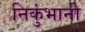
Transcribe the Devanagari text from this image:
निकुंभानी